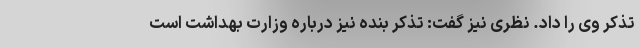
تذکر وی را داد. نظری نیز گفت: تذکر بنده نیز درباره وزارت بهداشت است